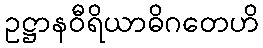
ဥဋ္ဌာနဝီရိယာဓိဂတေဟိ